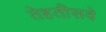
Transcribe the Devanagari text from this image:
तेहतीसवे